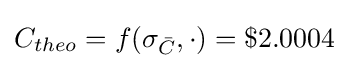
C_{theo}=f(\sigma _{\bar {C}},\cdot )=\$2.0004